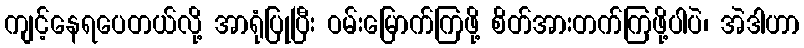
ကျင့်နေရပေတယ်လို့ အာရုံပြုပြီး ဝမ်းမြောက်ကြဖို့ စိတ်အားတက်ကြဖို့ပါပဲ၊ အဲဒါဟာ